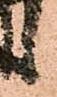
候